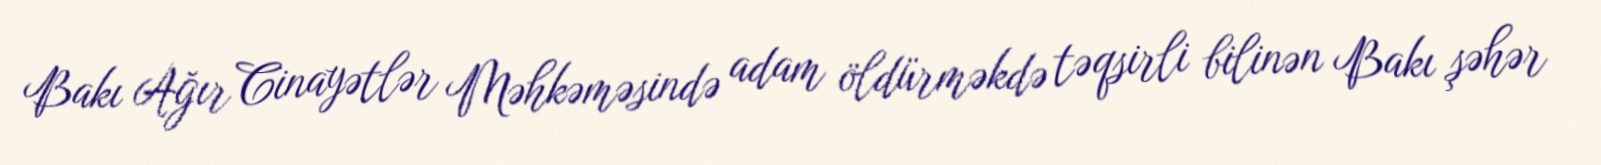
Bakı Ağır Cinayətlər Məhkəməsində adam öldürməkdə təqsirli bilinən Bakı şəhər